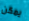
يمكن